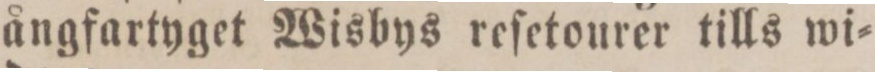
ångfartyget Wisbys reſetourer tills wi=